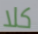
كلا